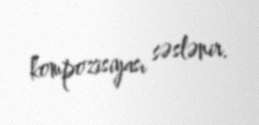
kompozisiyası səslənir.